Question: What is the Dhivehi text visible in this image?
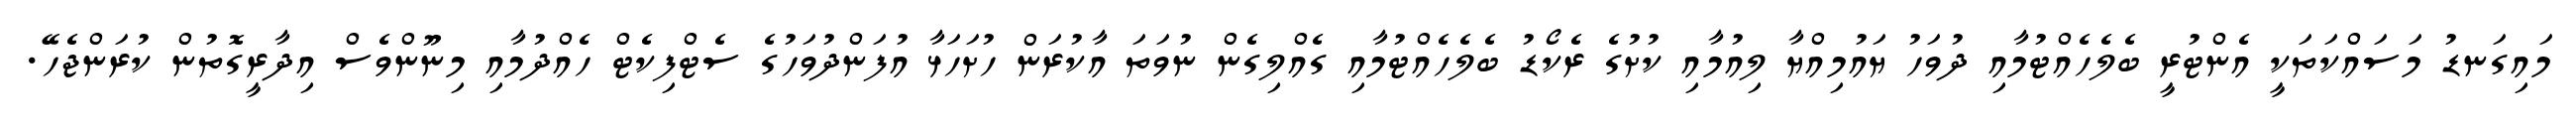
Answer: މައިގަނޑު މަސައްކަތަކީ އެންޓުރީ ބެލެހެއްޓުމާއި ދުވަހު ޔައުމިއްޔާ ލިއުމާއި ކުށުގެ ރެކޯޑު ބެލެހެއްޓުމާއި ގެއްލިގެން ނުވަތަ އާކުރަން ހުށަހަޅާ އުފަންދުވަހުގެ ސެޓްފިކެޓް ހެއްދުމާއި މިނޫންވެސް އިދާރީގޮތުން ކުރަންޖެހޭ.